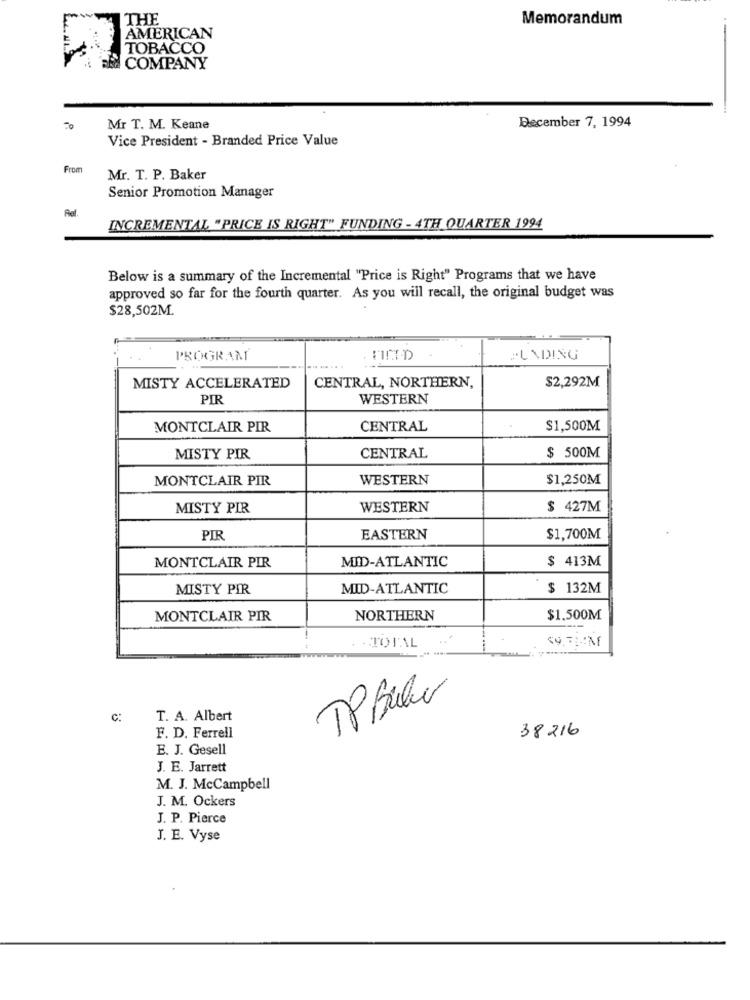
THE
Memorandum
AMERICAN
TOBACCO
COMPANY
December 7, 1994
Mr T. M. Keane
Vice President - Branded Price Value
From
Mr. T. P. Baker
Senior Promotion Manager
Ad
INCREMENTAL "PRICE IS RIGHT" FUNDING - 4TH QUARTER 1994
Below is a summary of the Incremental "Price is Right" Programs that we have
approved so far for the fourth quarter. As you will recall, the original budget was
$28,502M.
PROGRAM
FUNDING
CENTRAL, NORTHERN,
$2,292M
MISTY ACCELERATED
PIR
WESTERN
MONTCLAIR PIR
CENTRAL
$1,500M
MISTY PIR
CENTRAL
$ 500M
MONTCLAIR PIR
WESTERN
$1,250M
MISTY PIR
WESTERN
$ 427M
PIR
EASTERN
$1,700M
MID-ATLANTIC
$ 413M
MONTCLAIR PIR
MISTY PIR
MID-ATLANTIC
$ 132M
MONTCLAIR PIR
NORTHERN
$1.500M
TOTAL
---
C:
T. A. Albert
38216
F. D. Ferrell
E. J. Gesell
J. E. Jarrett
M. J. McCampbell
J. M. Ockers
J. P. Pierce
J. E. Vyse